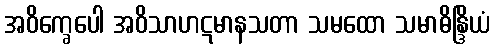
အဝိက္ခေပေါ အဝိသာဟဋမာနသတာ သမထော သမာဓိန္ဒြိယံ